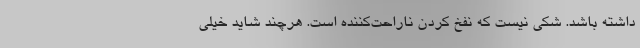
داشته باشد. شکی نیست که نفخ کردن ناراحت‌کننده است. هرچند شاید خیلی